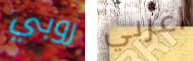
روبي اغربي